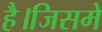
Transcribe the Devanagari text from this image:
है।जिसमे